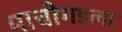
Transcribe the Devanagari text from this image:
माचीगडला